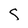
Character: S